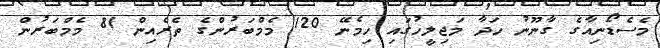
މެސެޑޯނިއާގެ ގާނޫނު ހަދާ މަޖިލީހުގައި ހިމެނޭ 120 މެމްބަރުންގެ ތެރެއިން 81 މެމްބަރުން